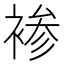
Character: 𰴂